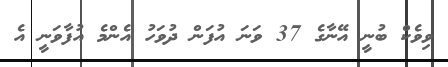
ވިވެކް ބުނީ އޭނާގެ 37 ވަނަ އުފަން ދުވަހު އެންމެ އުފާވަނީ އެ